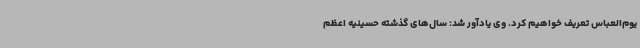
یوم‌العباس تعریف خواهیم کرد. وی یادآور شد: سال‌های گذشته حسینیه اعظم